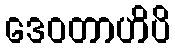
ဒေဝတာဟိပိ